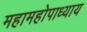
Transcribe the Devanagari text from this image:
महामहोपाध्‍याय